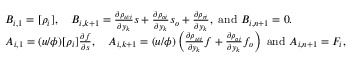
\begin{array} { r l } & { B _ { i , 1 } = [ \rho _ { i } ] , \quad B _ { i , k + 1 } = \frac { \partial \rho _ { w i } } { \partial y _ { k } } s + \frac { \partial \rho _ { o i } } { \partial y _ { k } } s _ { o } + \frac { \partial \rho _ { r i } } { \partial y _ { k } } , \mathrm { ~ a n d ~ } B _ { i , n + 1 } = 0 . } \\ & { A _ { i , 1 } = ( u / \phi ) [ \rho _ { i } ] \frac { \partial f } { \partial s } , \quad A _ { i , k + 1 } = ( u / \phi ) \left( \frac { \partial \rho _ { w i } } { \partial y _ { k } } f + \frac { \partial \rho _ { o i } } { \partial y _ { k } } f _ { o } \right) \mathrm { ~ a n d ~ } A _ { i , n + 1 } = F _ { i } , } \end{array}